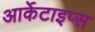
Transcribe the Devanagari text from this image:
आर्केटाइप्स